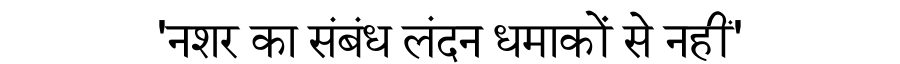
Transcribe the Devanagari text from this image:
'नशर का संबंध लंदन धमाकों से नहीं'